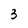
Character: 3